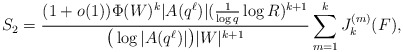
\begin{align*}S_2 = \frac{(1 + o(1)) \Phi(W)^k |A(q^\ell)| (\frac{1}{\log q} \log R)^{k+1}}{\big(\log|A(q^{\ell})|\big) |W|^{k+1}} \sum_{m = 1}^k J_k^{(m)}(F),\end{align*}